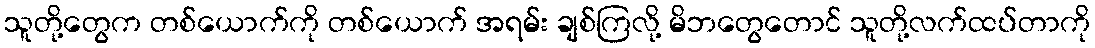
သူတို့တွေက တစ်ယောက်ကို တစ်ယောက် အရမ်း ချစ်ကြလို့ မိဘတွေတောင် သူတို့လက်ထပ်တာကို